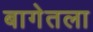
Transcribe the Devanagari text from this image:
बागेतला